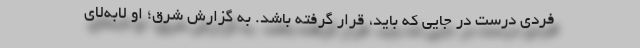
فردی درست در جایی که باید، قرار گرفته باشد. به گزارش شرق؛ او لابه‌لای